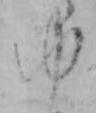
ゆ